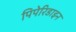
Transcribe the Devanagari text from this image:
पिपेरिडाइन